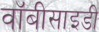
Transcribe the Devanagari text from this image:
वॉबीसाइडी